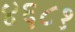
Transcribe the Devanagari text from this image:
४६८१